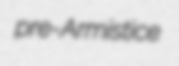
pre-Armistice